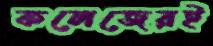
কলেজেরই